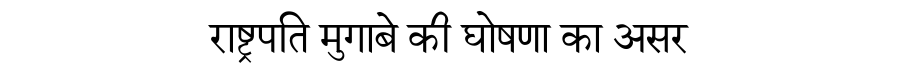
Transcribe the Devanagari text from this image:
राष्ट्रपति मुगाबे की घोषणा का असर